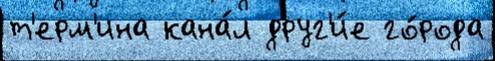
т'ерм'ина кана́л друг'и́е го́рода